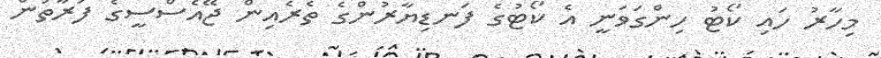
މިހާރު ހައި ކޯޓު ހިންގަވަނީ އެ ކޯޓުގެ ފަނޑިޔާރުންގެ ތެރެއިން ޖޭއެސްސީގެ ފަރާތުން